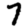
Digit: 7